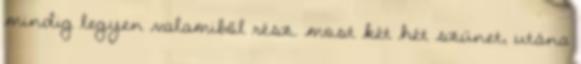
mindig legyen valamiből rész. most két hét szünet, utána